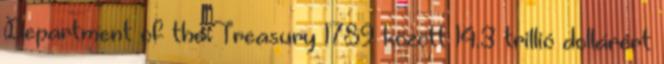
Department of the Treasury 1789 között 14.3 trillió dollárért